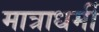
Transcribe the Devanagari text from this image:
मात्राधर्मी